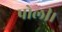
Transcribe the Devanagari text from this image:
पोली।